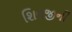
શિવજીની